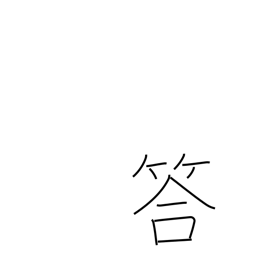
Meaning: answer